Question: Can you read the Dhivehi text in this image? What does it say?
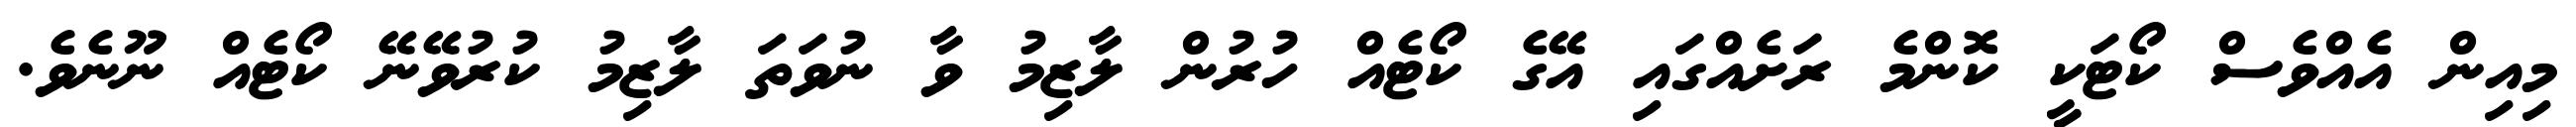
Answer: މިއިން އެއްވެސް ކޯޓަކީ ކޮންމެ ރަށެއްގައި އޭގެ ކޯޓެއް ހުރުން ލާޒިމު ވާ ނުވަތަ ލާޒިމު ކުރުވޭނޭ ކޯޓެއް ނޫނެވެ.